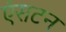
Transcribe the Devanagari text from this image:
एंसटन